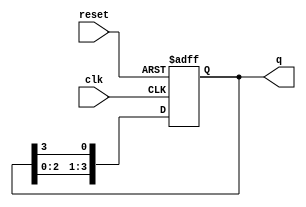
module ring_counter #(parameter N = 4) (
    input wire clk,       // Clock signal
    input wire reset,     // Asynchronous reset signal
    output reg [N-1:0] q // Output state of the counter
);

// Asynchronous reset and state transition logic
always @(posedge clk or posedge reset) begin
    if (reset) begin
        // Initialize the counter to the first state
        q <= 1'b1; // Set the first flip-flop to '1'
    end else begin
        // Shift the '1' through the stages
        q <= {q[N-2:0], q[N-1]}; // Shift left and wrap around
    end
end

endmodule